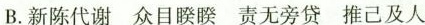
B.新陈代谢 众目睽睽 责无旁贷 推己及人